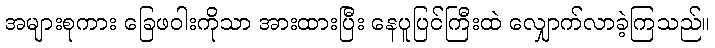
အများစုကား ခြေဖဝါးကိုသာ အားထားပြီး နေပူပြင်ကြီးထဲ လျှောက်လာခဲ့ကြသည်။